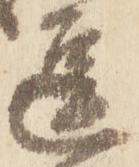
逗